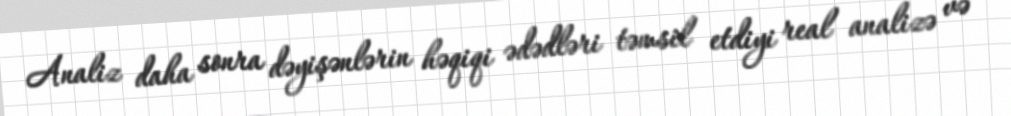
Analiz daha sonra dəyişənlərin həqiqi ədədləri təmsil etdiyi real analizə və